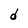
Character: d